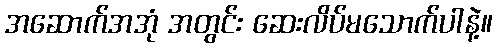
အဆောက်အအုံ အတွင်း ဆေးလိပ်မသောက်ပါနဲ့။